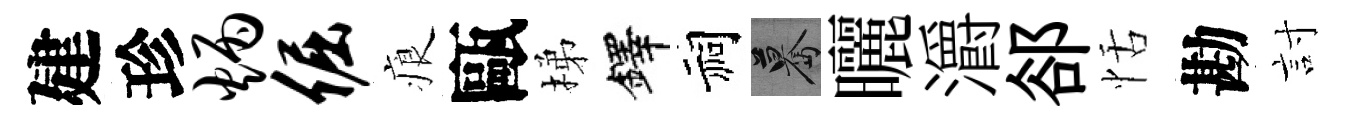
建珍炳倔痕甌梯鐸祠驀曬灂郤恬勘討